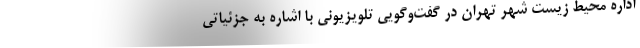
اداره محیط زیست شهر تهران در گفت‌وگویی تلویزیونی با اشاره به جزئیاتی